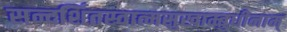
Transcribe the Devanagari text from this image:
सन्दर्शितस्वात्मसुखाम्बुधीनाम्